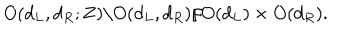
O ( d _ { L } , d _ { R } ; { \bf Z } ) \backslash O ( d _ { L } , d _ { R } ) / O ( d _ { L } ) \times O ( d _ { R } ) .